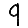
Digit: 9